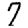
Digit: 7